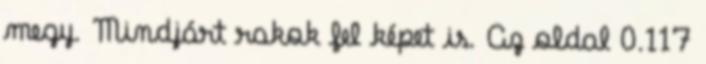
megy. Mindjárt rakok fel képet is. Az oldal 0.117